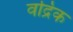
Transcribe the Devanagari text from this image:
वद्रिक